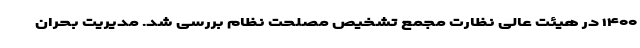
۱۴۰۰ در هیئت عالی نظارت مجمع تشخیص مصلحت نظام بررسی شد. مدیریت بحران